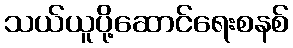
သယ်ယူပို့ဆောင်ရေးစနစ်